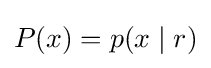
P(x)=p(x\mid r)